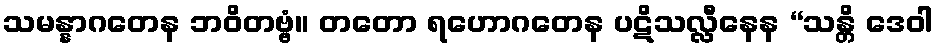
သမန္နာဂတေန ဘဝိတဗ္ဗံ။ တတော ရဟောဂတေန ပဋိသလ္လီနေန “သန္တိ ဒေဝါ